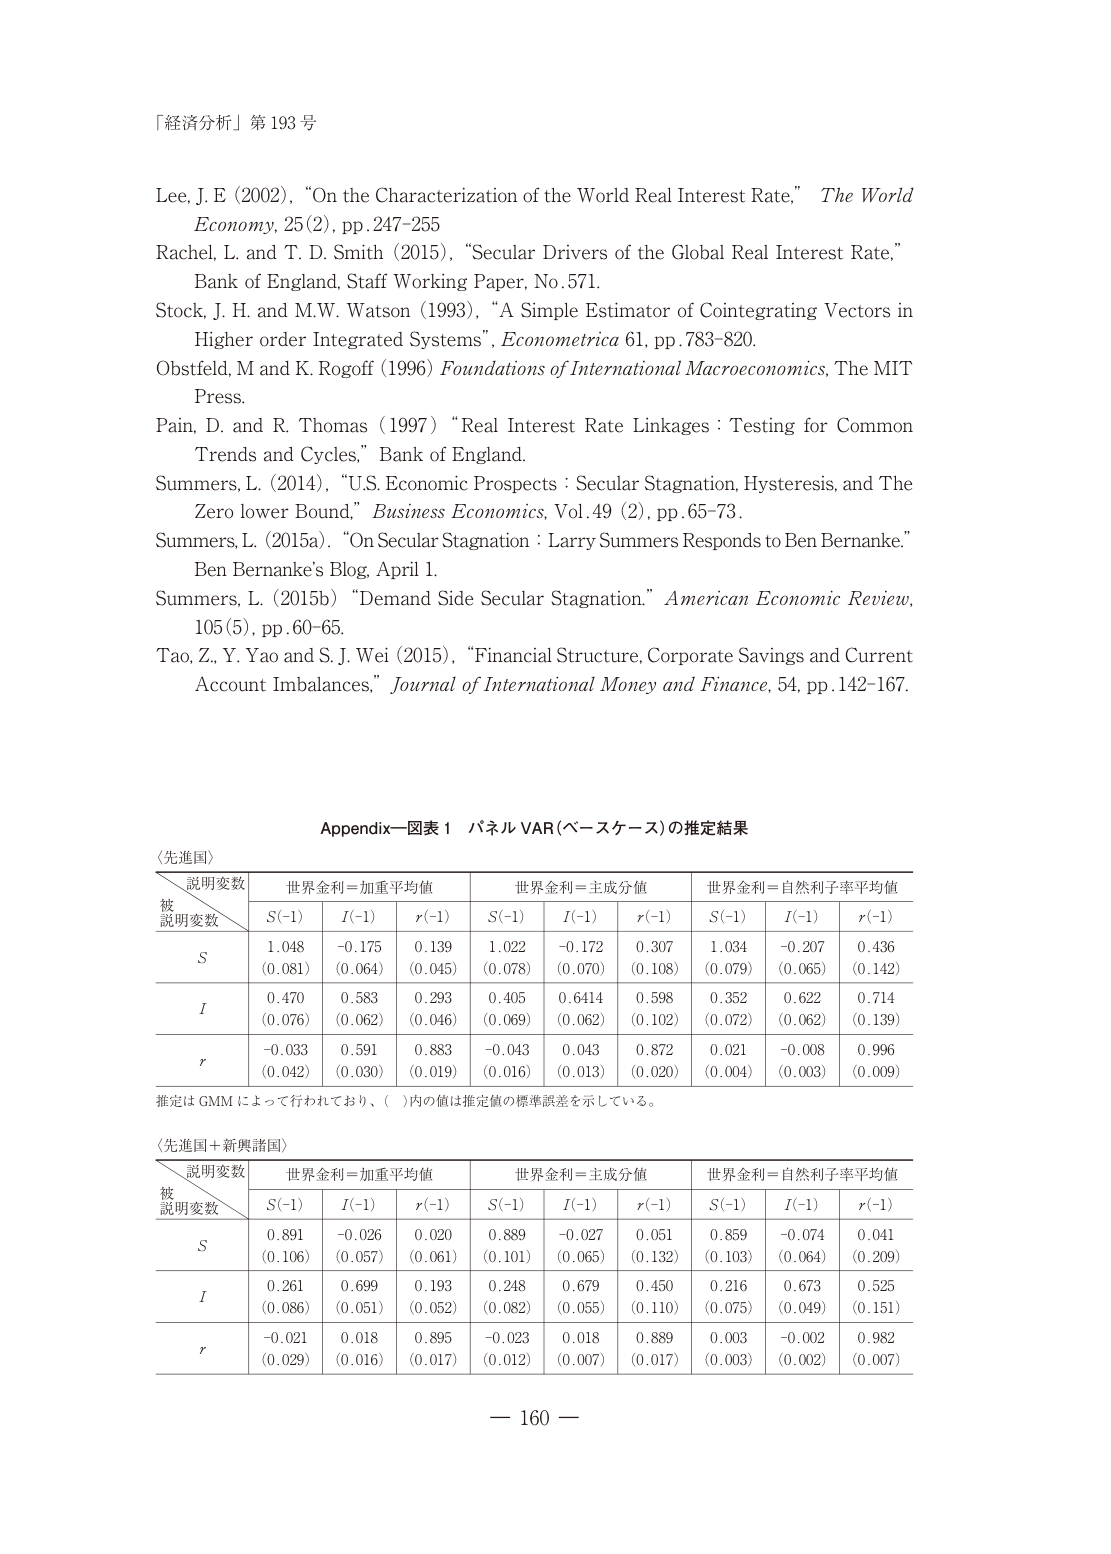
「経済分析」第 193 号

Lee, J. E (2002), “On the Characterization of the World Real Interest Rate,” The World Economy, 25(2), pp. 247-255
Rachel, L. and T. D. Smith (2015), “Secular Drivers of the Global Real Interest Rate,” Bank of England, Staff Working Paper, No. 571.
Stock, J. H. and M.W. Watson (1993), “A Simple Estimator of Cointegrating Vectors in Higher order Integrated Systems”, Econometrica 61, pp. 783-820.
Obstfeld, M and K. Rogoff (1996) Foundations of International Macroeconomics, The MIT Press.
Pain, D. and R. Thomas (1997) “Real Interest Rate Linkages : Testing for Common Trends and Cycles,” Bank of England.
Summers, L. (2014), “U.S. Economic Prospects : Secular Stagnation, Hysteresis, and The Zero lower Bound,” Business Economics, Vol. 49 (2), pp. 65-73.
Summers, L. (2015a). “On Secular Stagnation : Larry Summers Responds to Ben Bernanke.” Ben Bernanke’s Blog. April 1.
Summers, L. (2015b) “Demand Side Secular Stagnation.” American Economic Review, 105 (5), pp. 60-65.
Tao, Z., Y. Yao and S. J. Wei (2015), “Financial Structure, Corporate Savings and Current Account Imbalances,” Journal of International Money and Finance, 54, pp. 142-167.

Appendix—図表 1 パネル VAR (ベースケース) の推定結果

〈先進国〉

説明変数
被説明変数
世界金利＝加重平均値
世界金利＝主成分値
世界金利＝自然利子率平均値

S(-1)
I(-1)
r(-1)
S(-1)
I(-1)
r(-1)
S(-1)
I(-1)
r(-1)

S
1.048
-0.175
0.139
1.022
-0.172
0.307
1.034
-0.207
0.436
(0.081)
(0.064)
(0.045)
(0.078)
(0.070)
(0.108)
(0.079)
(0.065)
(0.142)

I
0.470
0.583
0.293
0.405
0.6414
0.598
0.352
0.622
0.714
(0.076)
(0.062)
(0.046)
(0.069)
(0.062)
(0.102)
(0.072)
(0.062)
(0.139)

r
-0.033
0.591
0.883
-0.043
0.043
0.872
0.021
-0.008
0.996
(0.042)
(0.030)
(0.019)
(0.016)
(0.013)
(0.020)
(0.004)
(0.003)
(0.009)

推定は GMM によって行われており、( )内の値は推定値の標準誤差を示している。

〈先進国＋新興諸国〉

説明変数
被説明変数
世界金利＝加重平均値
世界金利＝主成分値
世界金利＝自然利子率平均値

S(-1)
I(-1)
r(-1)
S(-1)
I(-1)
r(-1)
S(-1)
I(-1)
r(-1)

S
0.891
-0.026
0.020
0.889
-0.027
0.051
0.859
-0.074
0.041
(0.106)
(0.057)
(0.061)
(0.101)
(0.065)
(0.132)
(0.103)
(0.064)
(0.209)

I
0.261
0.699
0.193
0.248
0.679
0.450
0.216
0.673
0.525
(0.086)
(0.051)
(0.052)
(0.082)
(0.055)
(0.110)
(0.075)
(0.049)
(0.151)

r
-0.021
0.018
0.895
-0.023
0.018
0.889
0.003
-0.002
0.982
(0.029)
(0.016)
(0.017)
(0.012)
(0.007)
(0.017)
(0.003)
(0.002)
(0.007)

— 160 —